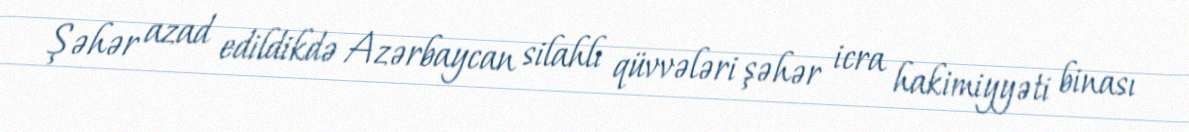
Şəhər azad edildikdə Azərbaycan silahlı qüvvələri şəhər icra hakimiyyəti binası